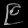
Digit: ၉